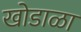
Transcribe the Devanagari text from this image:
खोडाळा